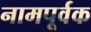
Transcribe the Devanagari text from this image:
नामपूर्वक